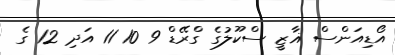
އޯޑިއަންސް ޣާޒީ ސްކޫލުގެ ގްރޭޑް 9 10 11 އަދި 12 ގެ